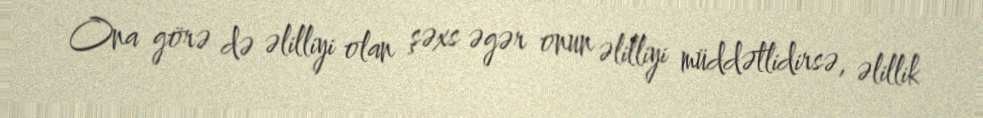
Ona görə də əlilliyi olan şəxs əgər onun əlilliyi müddətlidirsə, əlillik